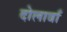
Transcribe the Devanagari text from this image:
दोलावाँ